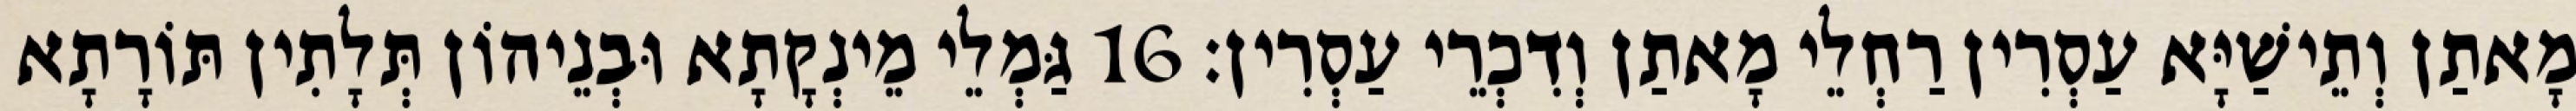
מָאתַן וְתֵישַׁיָּא עַסְרִין רַחְלֵי מָאתַן וְדִכְרֵי עַסְרִין׃ 16 גַּמְלֵי מֵינְקָתָא וּבְנֵיהוֹן תְּלָתִין תּוֹרָתָא